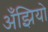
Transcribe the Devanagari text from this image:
अँझियो